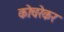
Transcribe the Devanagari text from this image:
कोचरेकर